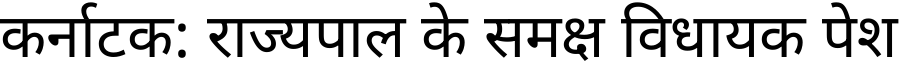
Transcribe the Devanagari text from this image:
कर्नाटक: राज्यपाल के समक्ष विधायक पेश